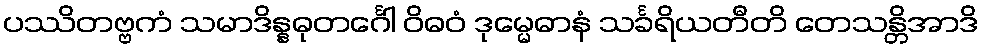
ပဿိတဗ္ဗကံ သမာဒိန္နဓုတင်္ဂေါ ဝိဓဝံ ဒုမ္မေဓာနံ သင်္ခရိယတီတိ တေသန္တိအာဒိ